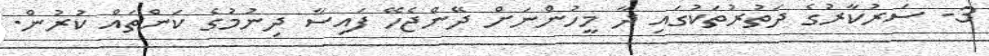
3- ސަރުކާރުގެ ދަތުރުތަކުގައި ދާ މީހުންނަށް ދޭންޖެހޭ ފައިސާ ދިނުމުގެ ކަންތައް ކުރުން.